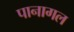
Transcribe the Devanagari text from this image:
पानागल